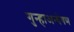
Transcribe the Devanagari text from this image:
गुन्हाअन्वेषण